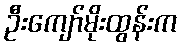
ဦးကျော်မိုးထွန်းက